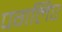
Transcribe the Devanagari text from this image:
पगलिए